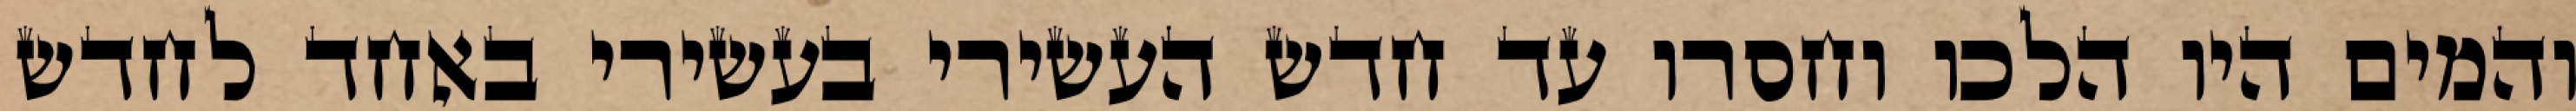
והמים היו הלכו וחסרו עד חדש העשירי בעשירי באחד לחדש